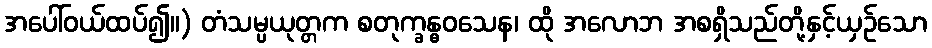
အပေါ်ဝယ်ထပ်၍။) တံသမ္ပယုတ္တက စတုက္ခန္ဓဝသေန၊ ထို အလောဘ အစရှိသည်တို့နှင့်ယှဉ်သော